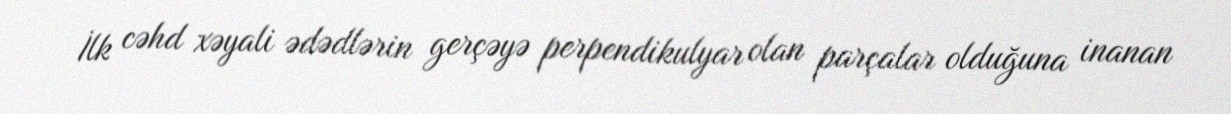
İlk cəhd xəyali ədədlərin gerçəyə perpendikulyar olan parçalar olduğuna inanan